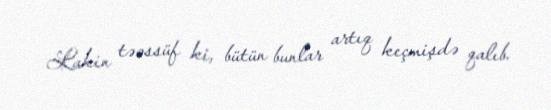
Lakin təəssüf ki, bütün bunlar artıq keçmişdə qalıb.